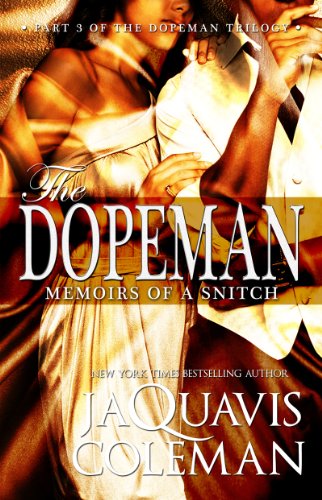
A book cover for Dopeman: Memoirs of a Snitch:: Part 3 of Dopeman's Trilogy; JaQuavis Coleman; Literature & Fiction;